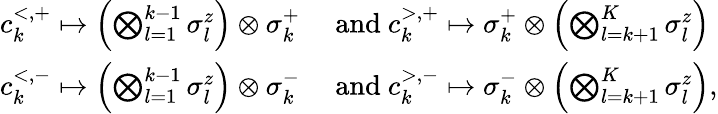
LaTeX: \begin{array}{rl}{c_{k}^{<,+}\mapsto\left(\bigotimes_{l=1}^{k-1}\sigma_{l}^{z}\right)\otimes\sigma_{k}^{+}}&{\mathrm{~and~}c_{k}^{>,+}\mapsto\sigma_{k}^{+}\otimes\left(\bigotimes_{l=k+1}^{K}\sigma_{l}^{z}\right)}\\ {c_{k}^{<,-}\mapsto\left(\bigotimes_{l=1}^{k-1}\sigma_{l}^{z}\right)\otimes\sigma_{k}^{-}}&{\mathrm{~and~}c_{k}^{>,-}\mapsto\sigma_{k}^{-}\otimes\left(\bigotimes_{l=k+1}^{K}\sigma_{l}^{z}\right),}\end{array}